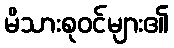
မိသားစုဝင်များ၏